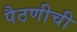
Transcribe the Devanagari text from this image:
पैठणीची